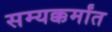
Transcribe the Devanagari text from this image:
सम्यक्कर्मांत